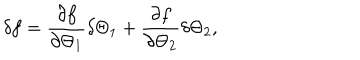
\delta f = \frac { \partial f } { \partial \Theta _ { 1 } } \delta \Theta _ { 1 } + \frac { \partial f } { \partial \Theta _ { 2 } } \delta \Theta _ { 2 } ,